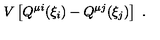
V \left[ Q ^ { \mu i } ( \xi _ { i } ) - Q ^ { \mu j } ( \xi _ { j } ) \right] \ .